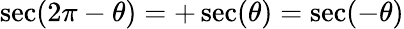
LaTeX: \sec(2\pi-\theta)=+\sec(\theta)=\sec(-\theta)